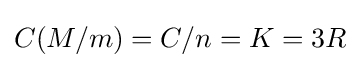
C(M/m)=C/n=K=3R